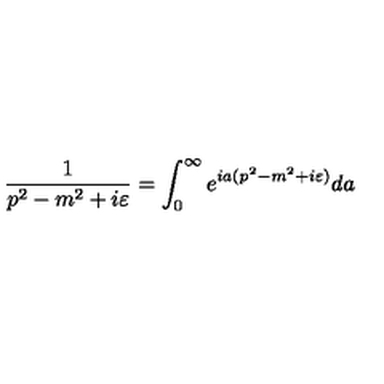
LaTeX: \frac { 1 } { p ^ { 2 } - m ^ { 2 } + i \varepsilon } = \int _ { 0 } ^ { \infty } e ^ { i a ( p ^ { 2 } - m ^ { 2 } + i \varepsilon ) } d a